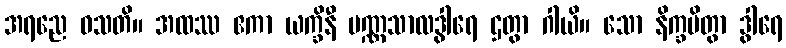
အရညေ ဝသတိ။ အထဿ ဧကာ ယက္ခိနီ ပဏ္ဏသာလဒွါရေ ဌတွာ ဂါယိ။ သော နိက္ခမိတွာ ဒွါရေ